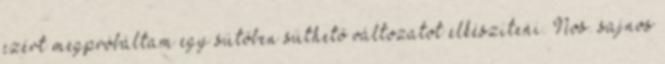
ezért megpróbáltam egy sütőben süthető változatot elkészíteni. Nos. sajnos